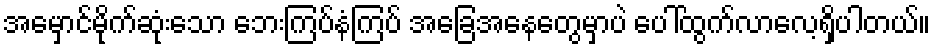
အမှောင်မိုက်ဆုံးသော ဘေးကြပ်နံကြပ် အခြေအနေတွေမှာပဲ ပေါ်ထွက်လာလေ့ရှိပါတယ်။